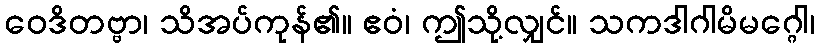
ဝေဒိတဗ္ဗာ၊ သိအပ်ကုန်၏။ ဧဝံ၊ ဤသို့လျှင်။ သကဒါဂါမိမဂ္ဂေါ၊